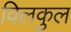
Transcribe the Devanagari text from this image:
विलकुल